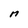
Character: M